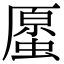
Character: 𧏐